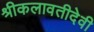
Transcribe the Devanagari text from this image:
श्रीकलावतीदेवी